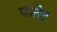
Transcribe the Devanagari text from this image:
पातेट